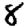
Digit: 8